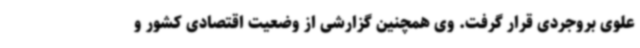
علوی بروجردی قرار گرفت. وی همچنین گزارشی از وضعیت اقتصادی کشور و